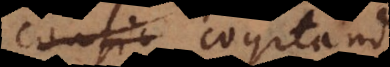
consid cogitandi